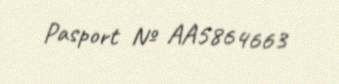
Pasport № AA5864663